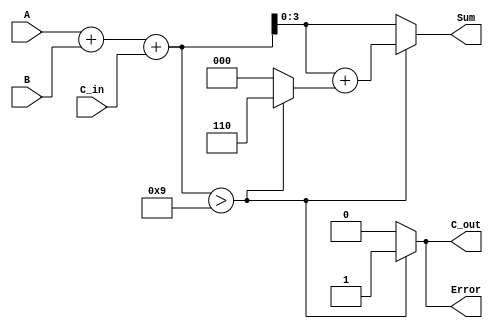
module BCD_Redundant_Binary_Adder (
    input  wire [3:0] A,          // First BCD digit
    input  wire [3:0] B,          // Second BCD digit
    input  wire C_in,             // Carry input
    output reg  [3:0] Sum,        // Resulting BCD digit
    output reg  C_out,            // Carry output
    output reg  Error             // Error flag
);

    wire [4:0] temp_sum;          // Temporary sum for 5 bits to accommodate carry
    wire [3:0] correction;        // Correction factor
    wire [3:0] corrected_sum;     // Sum after correction

    // Step 1: Perform initial addition
    assign temp_sum = A + B + C_in;

    // Step 2: BCD correction logic
    // If the sum is greater than 9, we need to add 6 (0110)
    assign correction = (temp_sum > 9) ? 4'b0110 : 4'b0000; // Add 6 if sum exceeds 9

    // Step 3: Calculate the corrected sum
    assign corrected_sum = temp_sum[3:0] + correction;

    // Step 4: Assign outputs
    always @(*) begin
        if (temp_sum > 9) begin
            Sum = corrected_sum;   // Assign corrected sum if overflow
            C_out = 1;             // Set carry out
            Error = 1;             // Set error flag
        end else begin
            Sum = temp_sum[3:0];   // Assign normal sum
            C_out = 0;             // No carry out
            Error = 0;             // No error
        end
    end

endmodule